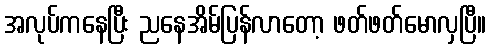
အလုပ်ကနေပြီး ညနေအိမ်ပြန်လာတော့ ဖတ်ဖတ်မောလှပြီ။